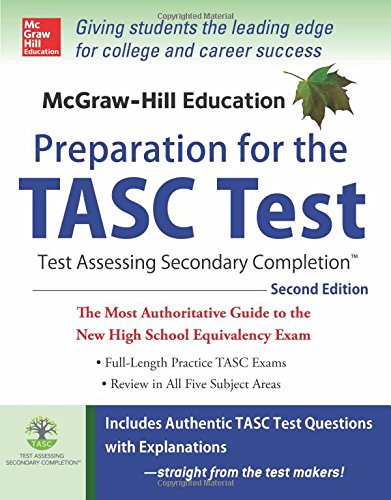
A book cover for McGraw-Hill Education Preparation for the TASC Test 2nd Edition: The Official Guide to the Test (Mcgraw Hill's Tasc); Kathy Zahler; Test Preparation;